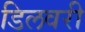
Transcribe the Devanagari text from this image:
डिलवरी